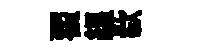
翟緼欷